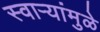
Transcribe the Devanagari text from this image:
स्वाऱ्यांमुळे